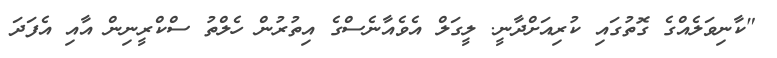
"ކާނިވަލެއްގެ ގޮތުގައި ކުރިއަށްދާނީ. ލީގަލް އެވެއާނެސްގެ އިތުރުން ހެލްތު ސްކްރީނިން އާއި އެފަދަ